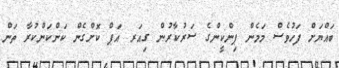
ބައްޔަށް ފަހުވެސް މަމެން ޕިންކީންގެ ސަރުކާރުން ގިއަރ އަޕް ކޮށްގެން ކަންކަންކުރާ ތަން